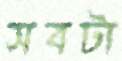
সবটা